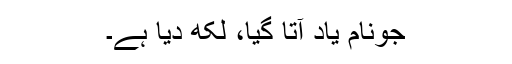
جونام یاد آتا گیا، لکھ دیا ہے۔